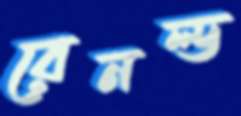
রেনল্ড